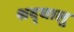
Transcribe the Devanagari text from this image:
श्रद्घालु